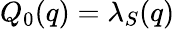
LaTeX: Q_{0}(q)=\lambda_{S}(q)